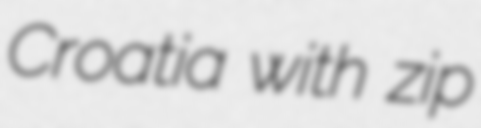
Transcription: Croatia with zip